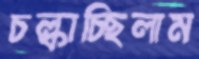
চল্‌কাচ্ছিলাম